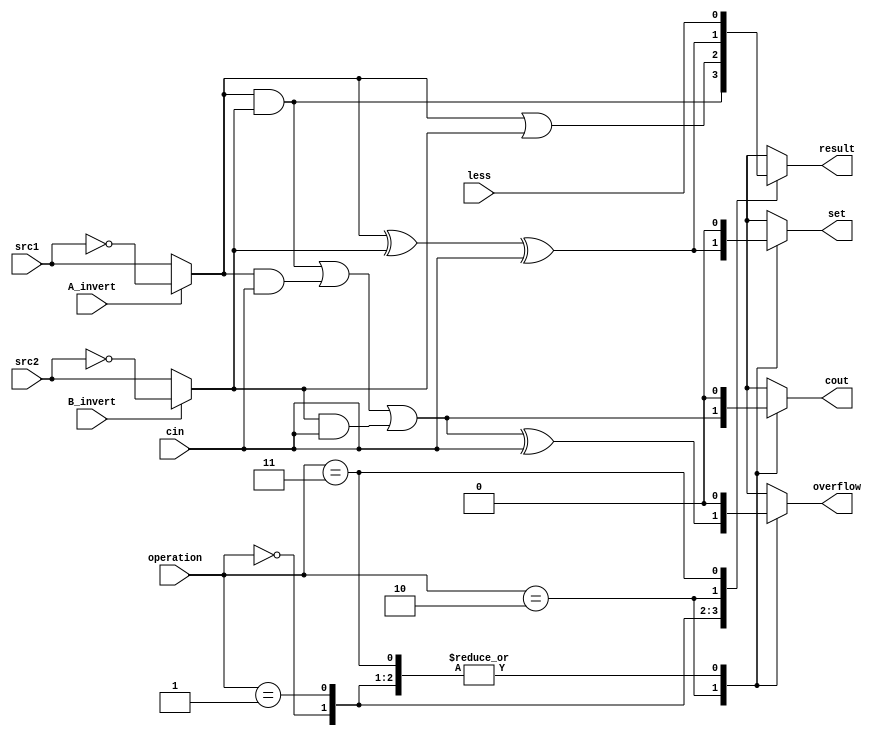
//  0616223
`timescale 1ns/1ps

module alu_bottom(
               src1,       //1 bit source 1 (input)
               src2,       //1 bit source 2 (input)
               less,       //1 bit less     (input)
               A_invert,   //1 bit A_invert (input)
               B_invert,   //1 bit B_invert (input)
               cin,        //1 bit carry in (input)
               operation,  //operation      (input)
               result,     //1 bit result   (output)
               cout,       //1 bit carry out(output)
               overflow,   //1 bit for overflow(output)
               set        //1 bit for set  (output)
               );

input         src1;
input         src2;
input         less;
input         A_invert;
input         B_invert;
input         cin;
input [2-1:0] operation;

output        result;
output        cout;
output        overflow;
output        set;

reg           result;
reg           cout;
reg           overflow;
reg           set;
reg           a1, b1;

always@( * )
begin
  case(A_invert)
  1'b1: a1 = ~src1;
  default: a1 = src1;
  endcase

  case(B_invert)
  1'b1: b1 = ~src2;
  default: b1 = src2;
  endcase

  case(operation)
  2'b00:
  begin
    result = a1&b1;
    cout = 1'b0;
    overflow = 1'b0;
    set = 1'b0;
  end
  2'b01:
  begin
    result = a1|b1;
    cout = 1'b0;
    overflow = 1'b0;
    set = 1'b0;
  end
  2'b10:
  begin
    result = (a1^b1)^cin;
    cout = (a1&b1)|(a1&cin)|(b1&cin);
    overflow = cout^cin;
    set = result;
  end
  2'b11:
  begin
    result = less;
    cout = 1'b0;
    overflow = 1'b0;
    set = 1'b0;
  end
  endcase


end

endmodule